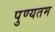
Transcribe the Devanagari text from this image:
पुण्यतम